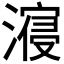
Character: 𣽧